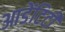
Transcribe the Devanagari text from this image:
आडेंटिटी